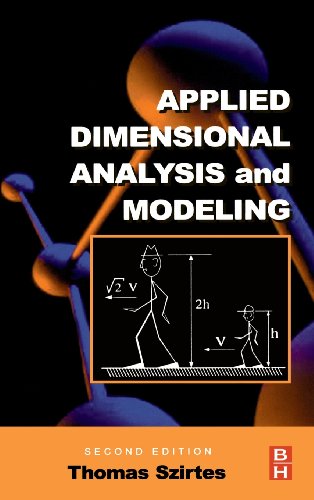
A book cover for Applied Dimensional Analysis and Modeling, Second Edition; Thomas Szirtes Ph.D  P.E.; Science & Math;